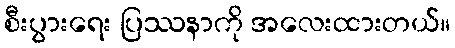
စီးပွားရေး ပြဿနာကို အလေးထားတယ်။